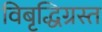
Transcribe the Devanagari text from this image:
विबृद्धिग्रस्त